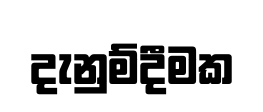
දැනුම්දීමක